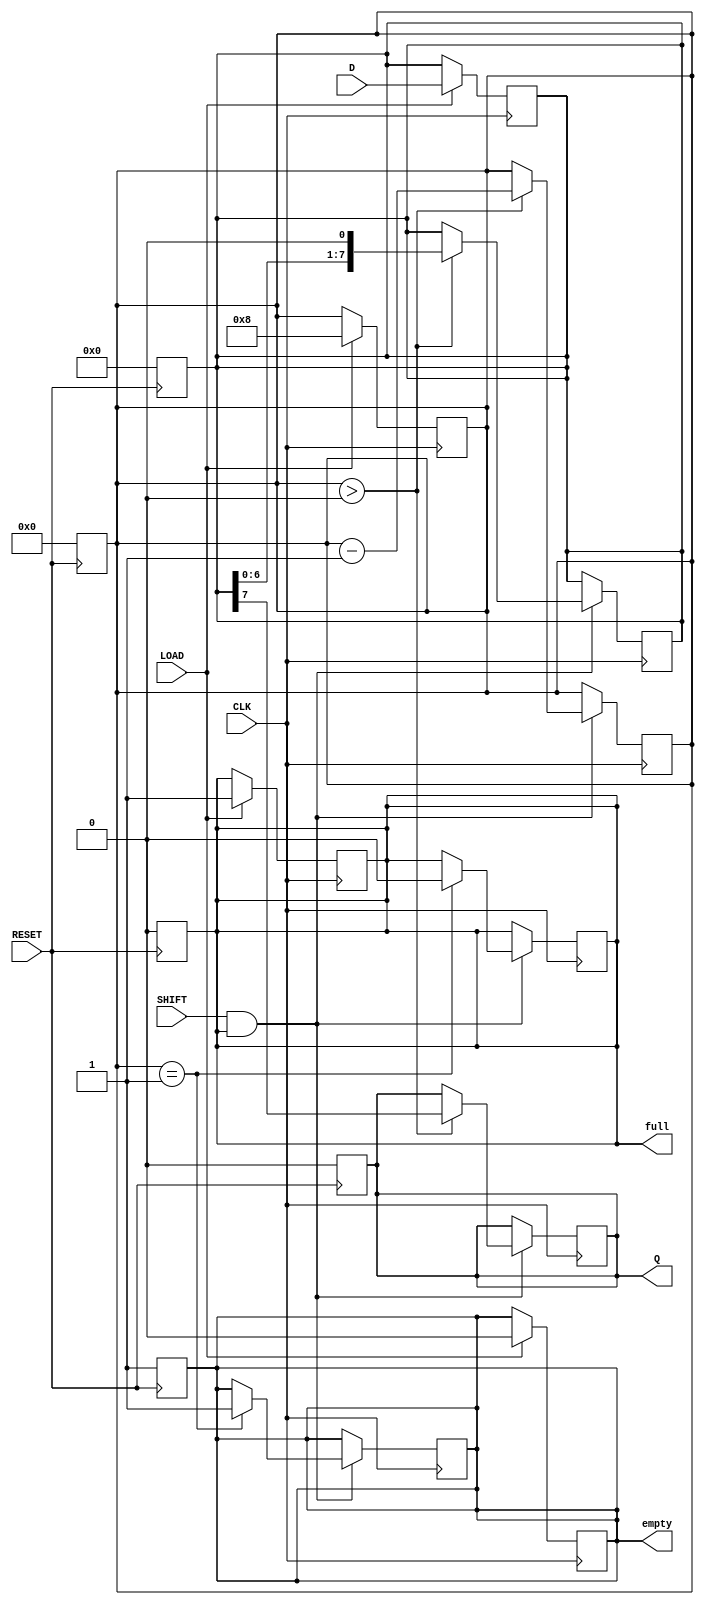
module TwoStagePISO #(
    parameter WIDTH = 8  // Width of the parallel data input
)(
    input wire [WIDTH-1:0] D,     // Parallel data input
    input wire LOAD,               // Load signal
    input wire SHIFT,              // Shift signal
    input wire CLK,                // Clock signal
    input wire RESET,              // Asynchronous reset
    output reg Q,                  // Serial output
    output reg full,               // Status flag: indicates if data is loaded
    output reg empty               // Status flag: indicates if data is shifted out
);

    // Internal registers
    reg [WIDTH-1:0] input_reg;     // Input register (Stage 1)
    reg [WIDTH-1:0] output_reg;    // Output register (Stage 2)
    reg [3:0] shift_count;          // Counter for the number of bits shifted

    // Asynchronous reset
    always @(posedge RESET) begin
        input_reg <= 0;
        output_reg <= 0;
        Q <= 0;
        full <= 0;
        empty <= 1;
        shift_count <= 0;
    end

    // Load data into input register
    always @(posedge CLK) begin
        if (LOAD) begin
            input_reg <= D;         // Load data into input register
            full <= 1;              // Set full flag
            empty <= 0;             // Clear empty flag
            shift_count <= WIDTH;   // Set shift count to the width of the data
        end
    end

    // Shift data from input register to output register
    always @(posedge CLK) begin
        if (SHIFT && full) begin
            if (shift_count > 0) begin
                output_reg <= {output_reg[WIDTH-2:0], input_reg[WIDTH-1]}; // Shift in MSB
                Q <= input_reg[WIDTH-1]; // Output the MSB
                input_reg <= {input_reg[WIDTH-2:0], 1'b0}; // Shift input register
                shift_count <= shift_count - 1; // Decrement shift count
            end
            if (shift_count == 1) begin
                full <= 0; // Clear full flag when all bits are shifted out
                empty <= 1; // Set empty flag
            end
        end
    end

endmodule